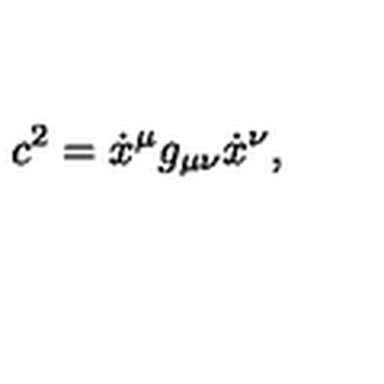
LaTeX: c ^ { 2 } = \dot { x } ^ { \mu } g _ { \mu \nu } \dot { x } ^ { \nu } ,